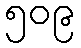
၅၀၉